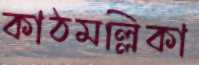
কাঠমল্লিকা